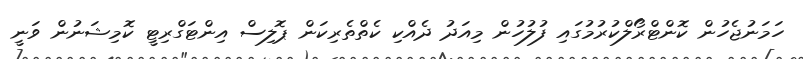
ހަމަނުޖެހުން ކޮންޓްރޯލްކުރުމުގައި ފުލުހުން މިއަދު ދެއްކި ކެތްތެރިކަން ޕޮލިސް އިންޓަގްރިޓީ ކޮމިޝަނުން ވަނީ